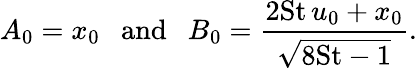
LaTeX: A_{0}=x_{0}~~~\mathrm{and}~~~B_{0}=\frac{2\mathrm{St}\, u_{0}+x_{0}}{\sqrt{8\mathrm{St}-1}}.